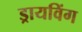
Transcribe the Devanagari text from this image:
ड्रायविंग